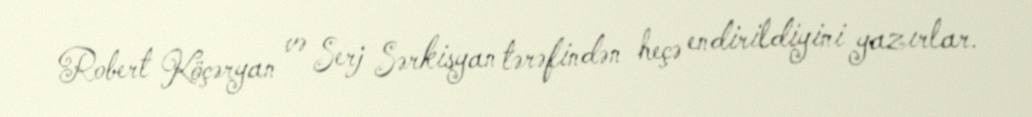
Robert Köçəryan və Serj Sərkisyan tərəfindən heçə endirildiyini yazırlar.